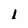
Character: 1